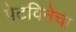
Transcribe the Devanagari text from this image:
पेटविनेचा